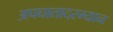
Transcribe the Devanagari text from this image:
अपघातादरम्यान